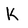
Character: K